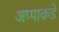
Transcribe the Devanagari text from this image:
अप्पाकडे